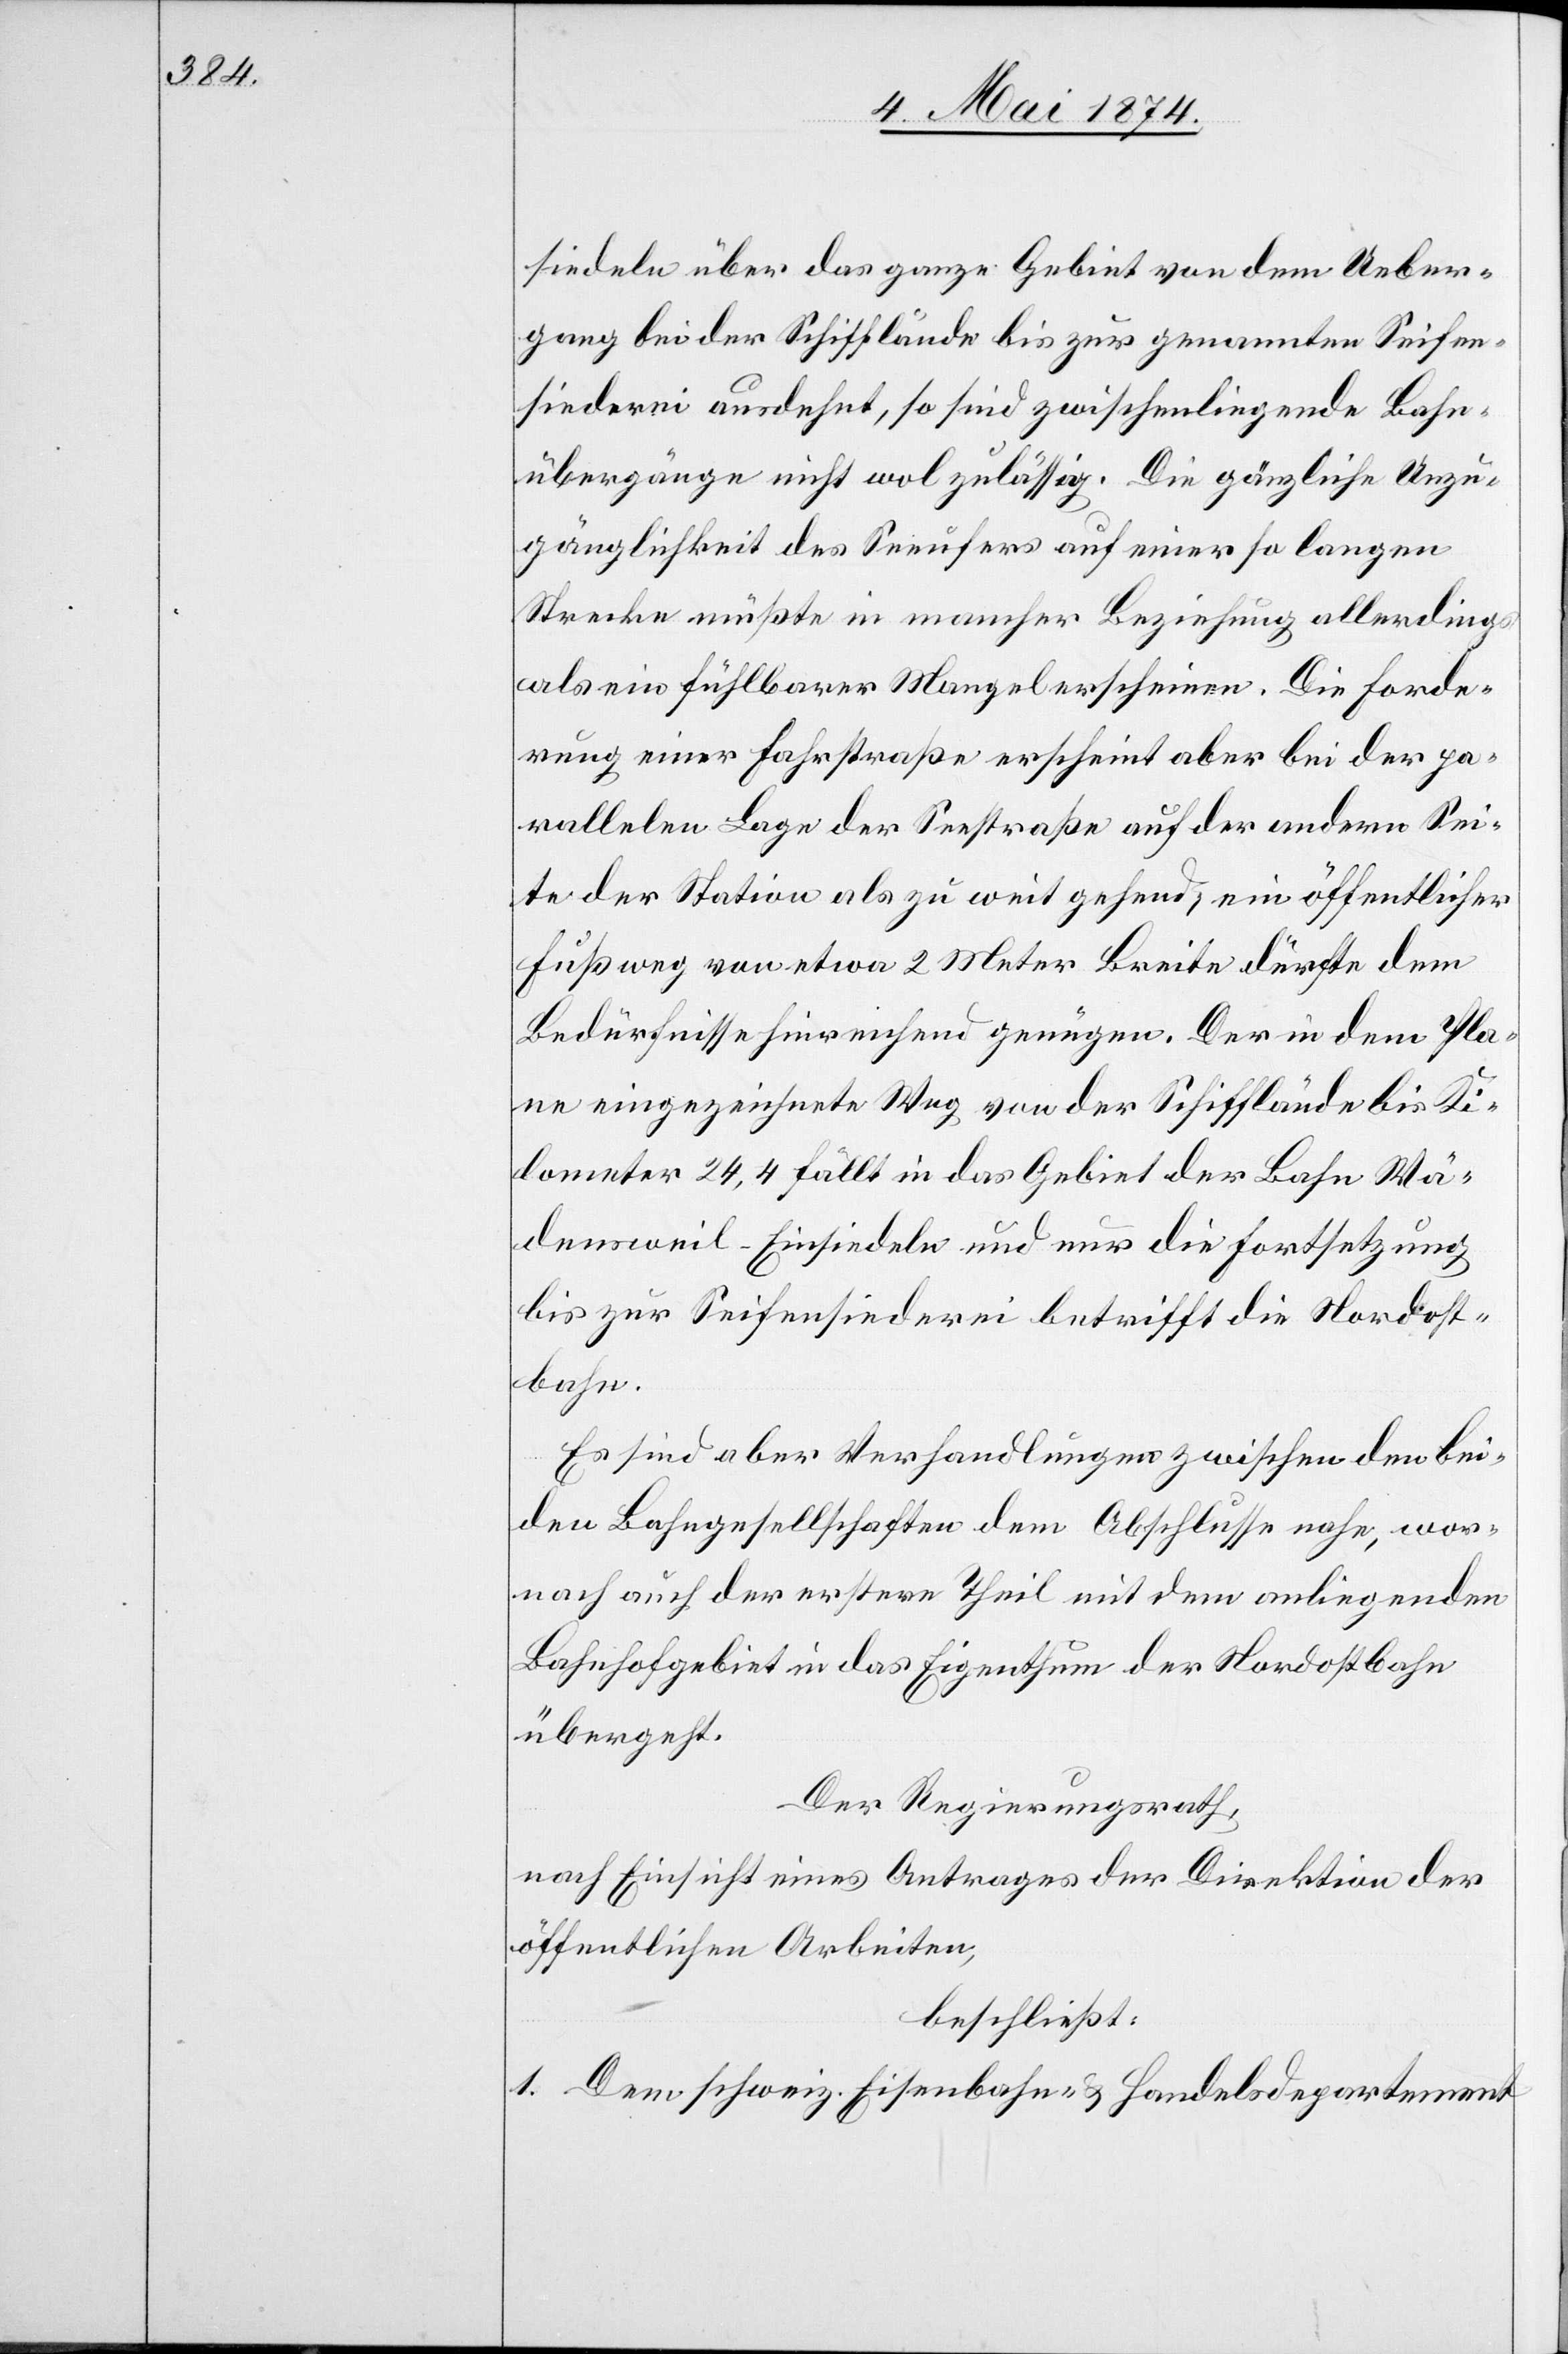
siedeln über das ganze Gebiet von dem Ueber¬
gang bei der Schifflände bis zur genannten Seifen¬
siederei ausdehnt, so sind zwischenliegende Bahn¬
übergänge nicht wol zulässig. Die gänzliche Unzu¬
gänglichkeit des Seeufers auf einer so langen
Strecke müßte in mancher Beziehung allerdings
als ein fühlbarer Mangel erscheinen. Die Forde¬
rung einer Fahrstraße erscheint aber bei der pa¬
rallelen Lage der Seestraße auf der andern Sei¬
te der Station als zu weit gehend, ein öffentlicher
Fußweg von etwa 2 Meter Breite dürfte dem
Bedürfnisse hinreichend genügen. Der in dem Pla¬
ne eingezeichnete Weg von der Schifflände bis Ki¬
lometer 24,4 fällt in das Gebiet der Bahn Wä¬
densweil-Einsiedeln und nur die Fortsetzung
bis zur Seifensiederei betrifft die Nordost¬
bahn.
Es sind aber Verhandlungen zwischen den bei¬
den Bahngesellschaften dem Abschlusse nahe, wor¬
nach auch der erstere Theil mit dem anliegenden
Bahnhofgebiet in das Eigenthum der Nordostbahn
übergeht.
Der Regierungsrath,
nach Einsicht eines Antrages der Direktion der
öffentlichen Arbeiten,
beschließt:
1. Dem schweiz. Eisenbahn- u. Handelsdepartement